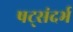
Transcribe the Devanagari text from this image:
षट्संदर्भ